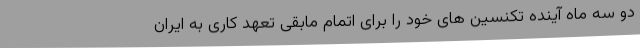
دو سه ماه آینده تکنسین های خود را برای اتمام مابقی تعهد کاری به ایران